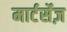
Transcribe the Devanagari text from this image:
मार्टर्सेज़